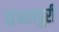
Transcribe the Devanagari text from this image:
संभलपुरी